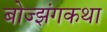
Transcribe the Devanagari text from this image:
बोज्झंगकथा